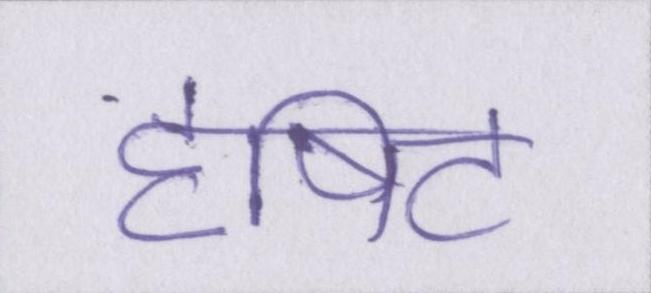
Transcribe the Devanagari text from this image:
दृषिट